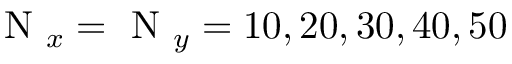
\mathrm { ~ N ~ } _ { x } = \mathrm { ~ N ~ } _ { y } = 1 0 , 2 0 , 3 0 , 4 0 , 5 0